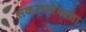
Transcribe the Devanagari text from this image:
संकल्पनेवरचा